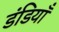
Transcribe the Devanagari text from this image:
डंडियाँ